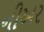
નીઅર